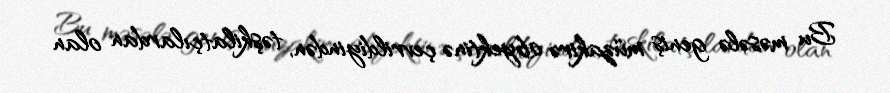
Bu məsələ geniş müzakirə obyektinə çevrildiyindən, təşkilatçılardan olan